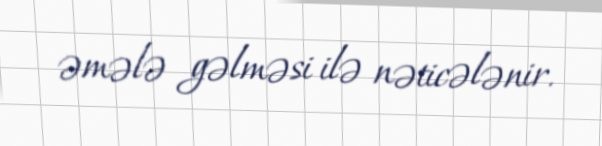
əmələ gəlməsi ilə nəticələnir.